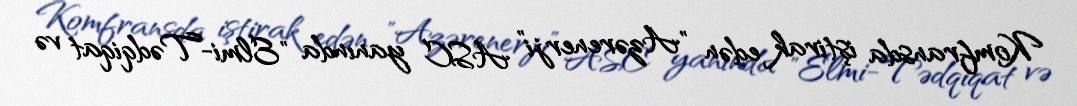
Komfransda iştirak edən "Azərenerji” ASC yanında "Elmi-Tədqiqat və